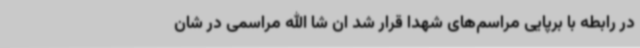
در رابطه با برپایی مراسم‌های شهدا قرار شد ان شا الله مراسمی در شان